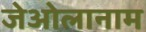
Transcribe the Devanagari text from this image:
जेओलानाम